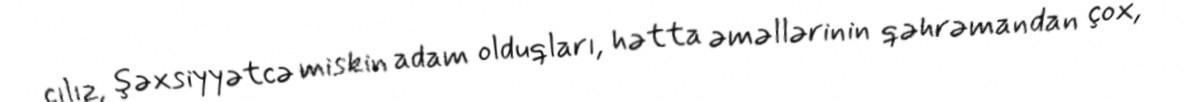
cılız, şəxsiyyətcə miskin adam olduqları, hətta əməllərinin qəhrəmandan çox,